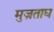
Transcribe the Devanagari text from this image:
मुज़ताघ